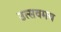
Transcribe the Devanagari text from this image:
उत्सवमय